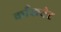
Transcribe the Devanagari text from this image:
काँकवेट